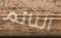
النائم